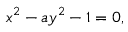
x ^ { 2 } - a y ^ { 2 } - 1 = 0 ,